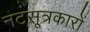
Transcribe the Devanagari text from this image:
नटसूत्रकारों